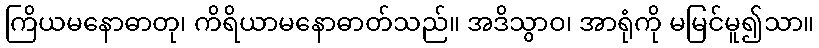
ကြိယမနောဓာတု၊ ကိရိယာမနောဓာတ်သည်။ အဒိသွာဝ၊ အာရုံကို မမြင်မူ၍သာ။